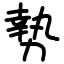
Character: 𫝑